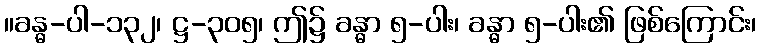
။ခန္ဓ-ပါ-၁၃၂၊ ဋ္ဌ-၃၀၅၊ ဤ၌ ခန္ဓာ ၅-ပါး၊ ခန္ဓာ ၅-ပါး၏ ဖြစ်ကြောင်း၊